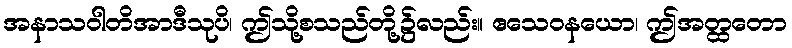
အနာသဝါတိအာဒီသုပိ၊ ဤသို့စသည်တို့၌လည်း။ ဧသေဝနယော၊ ဤအတ္ထတော